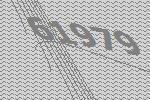
61979